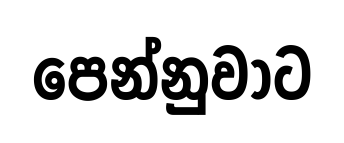
පෙන්නුවාට